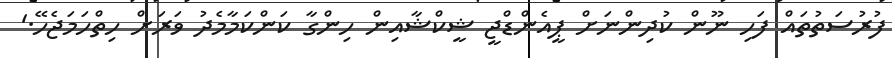
ފުރުސަތުތައް ފަހި ނޫން ކުދިންނަށް ޕީއެންޑްޖީ ޝީކްޝާއިން ހިންގާ ކަންކަމާމެދު ވަރަށް ހިތްހަމަޖެހޭ.'